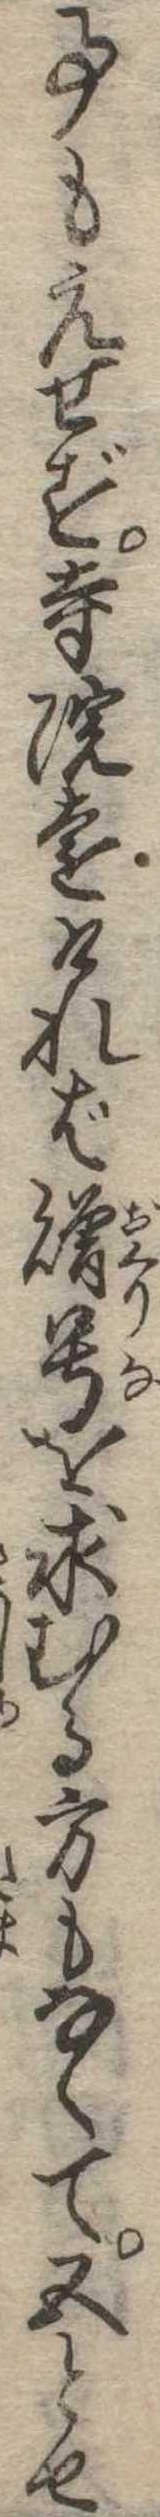
事もえせず寺院遠ければ贈号を求むる方もなくて五とせ